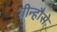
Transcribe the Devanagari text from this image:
ग्रीन्हौसे